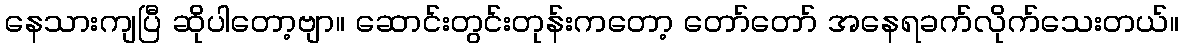
နေသားကျပြီ ဆိုပါတော့ဗျာ။ ဆောင်းတွင်းတုန်းကတော့ တော်တော် အနေရခက်လိုက်သေးတယ်။